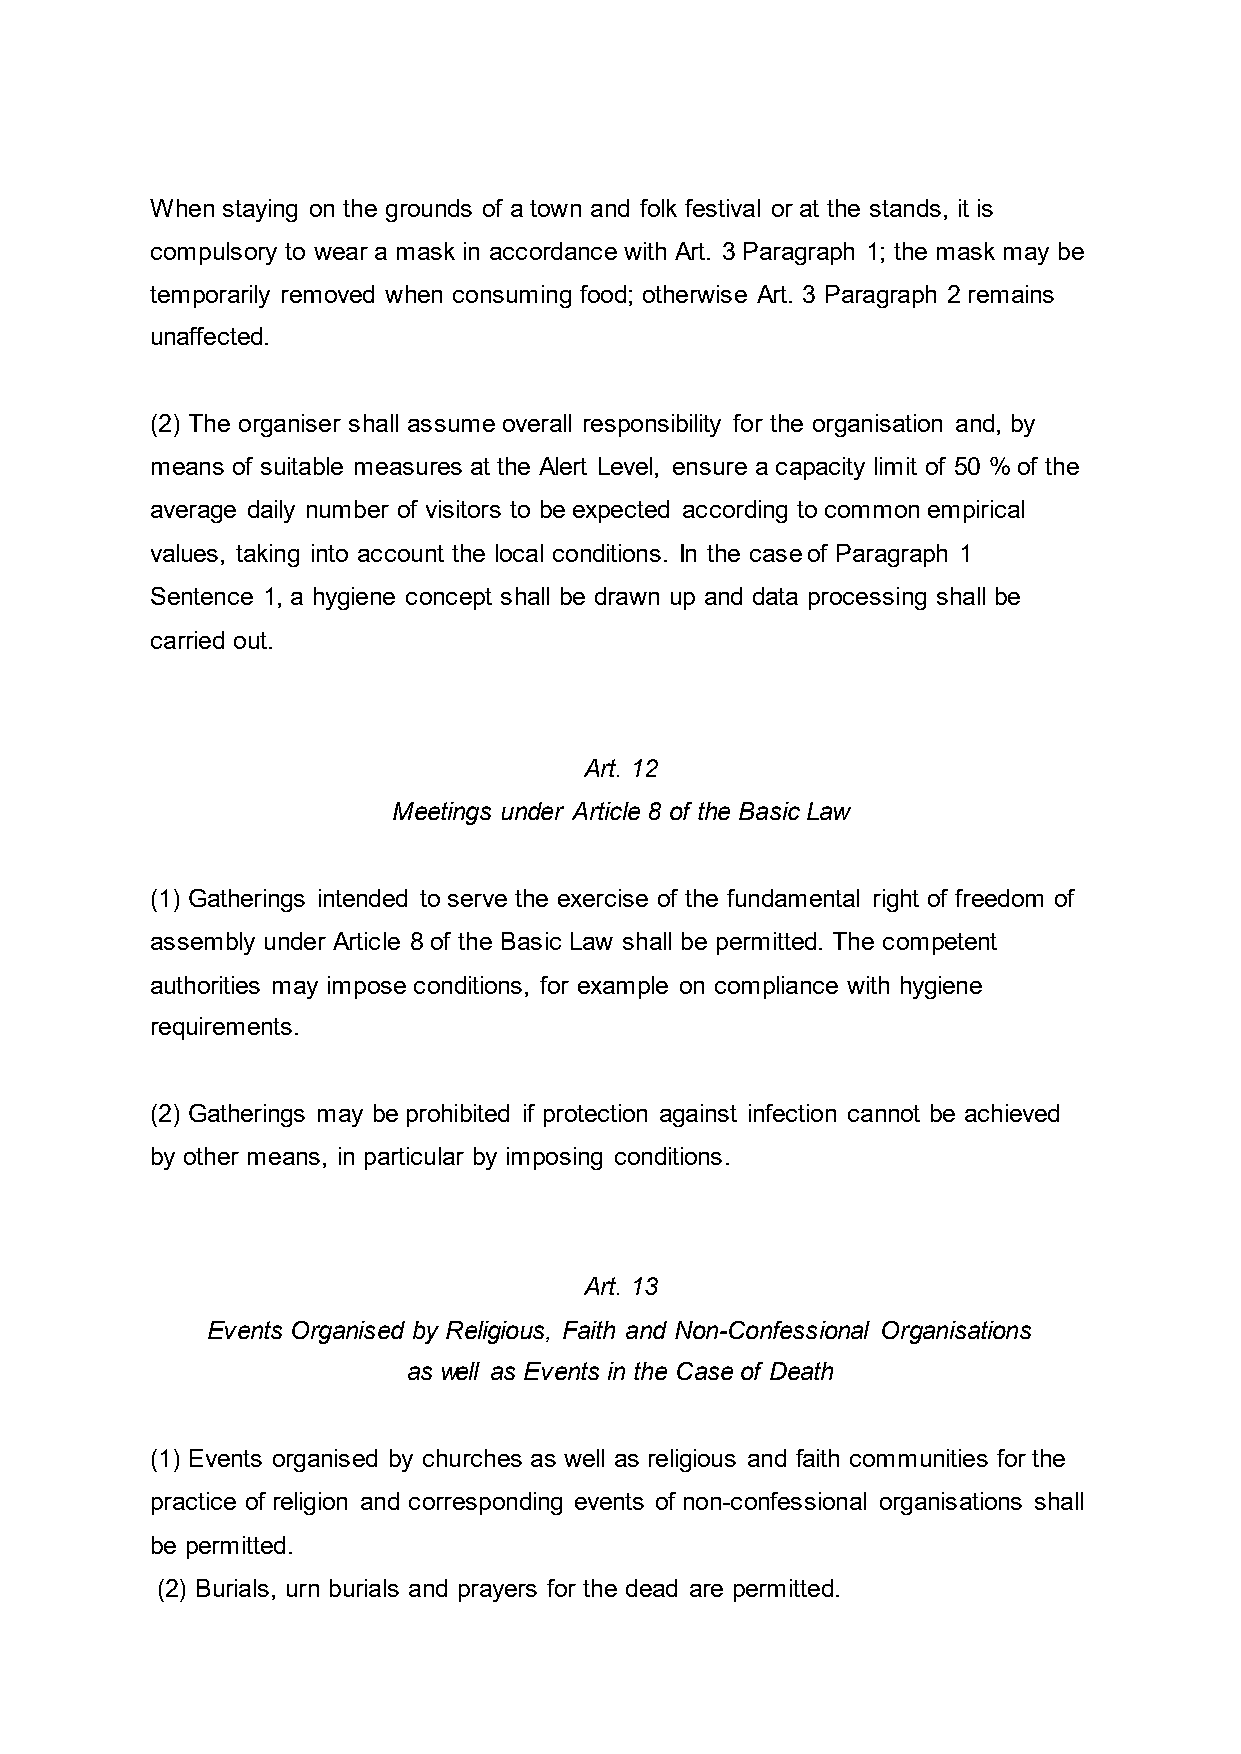
When staying on the grounds of a town and folk festival or at the stands, it is
 compulsory to wear a mask in accordance with Art. 3 Paragraph 1; the mask may be
 temporarily removed when consuming food; otherwise Art. 3 Paragraph 2 remains
 unaffected.
 (2) The organiser shall assume overall responsibility for the organisation and, by
 means of suitable measures at the Alert Level, ensure a capacity limit of 50 % of the
 average daily number of visitors to be expected according to common empirical
 values, taking into account the local conditions. In the case of Paragraph 1
 Sentence 1, a hygiene concept shall be drawn up and data processing shall be
 carried out.
 Art. 12
 Meetings under Article 8 of the Basic Law
 (1) Gatherings intended to serve the exercise of the fundamental right of freedom of
 assembly under Article 8 of the Basic Law shall be permitted. The competent
 authorities may impose conditions, for example on compliance with hygiene
 requirements.
 (2) Gatherings may be prohibited if protection against infection cannot be achieved
 by other means, in particular by imposing conditions.
 Art. 13
 Events Organised by Religious, Faith and Non-Confessional Organisations
 as well as Events in the Case of Death
 (1) Events organised by churches as well as religious and faith communities for the
 practice of religion and corresponding events of non-confessional organisations shall
 be permitted.
 (2) Burials, urn burials and prayers for the dead are permitted.